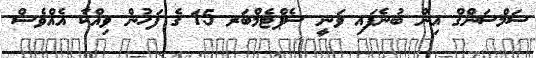
ސަމްސަންގް އިން ބުނެފައި ވަނީ ސެޕްޓެމްބަރ 15 ގެ ފަހުން ވިއްކާ އެއްވެސް